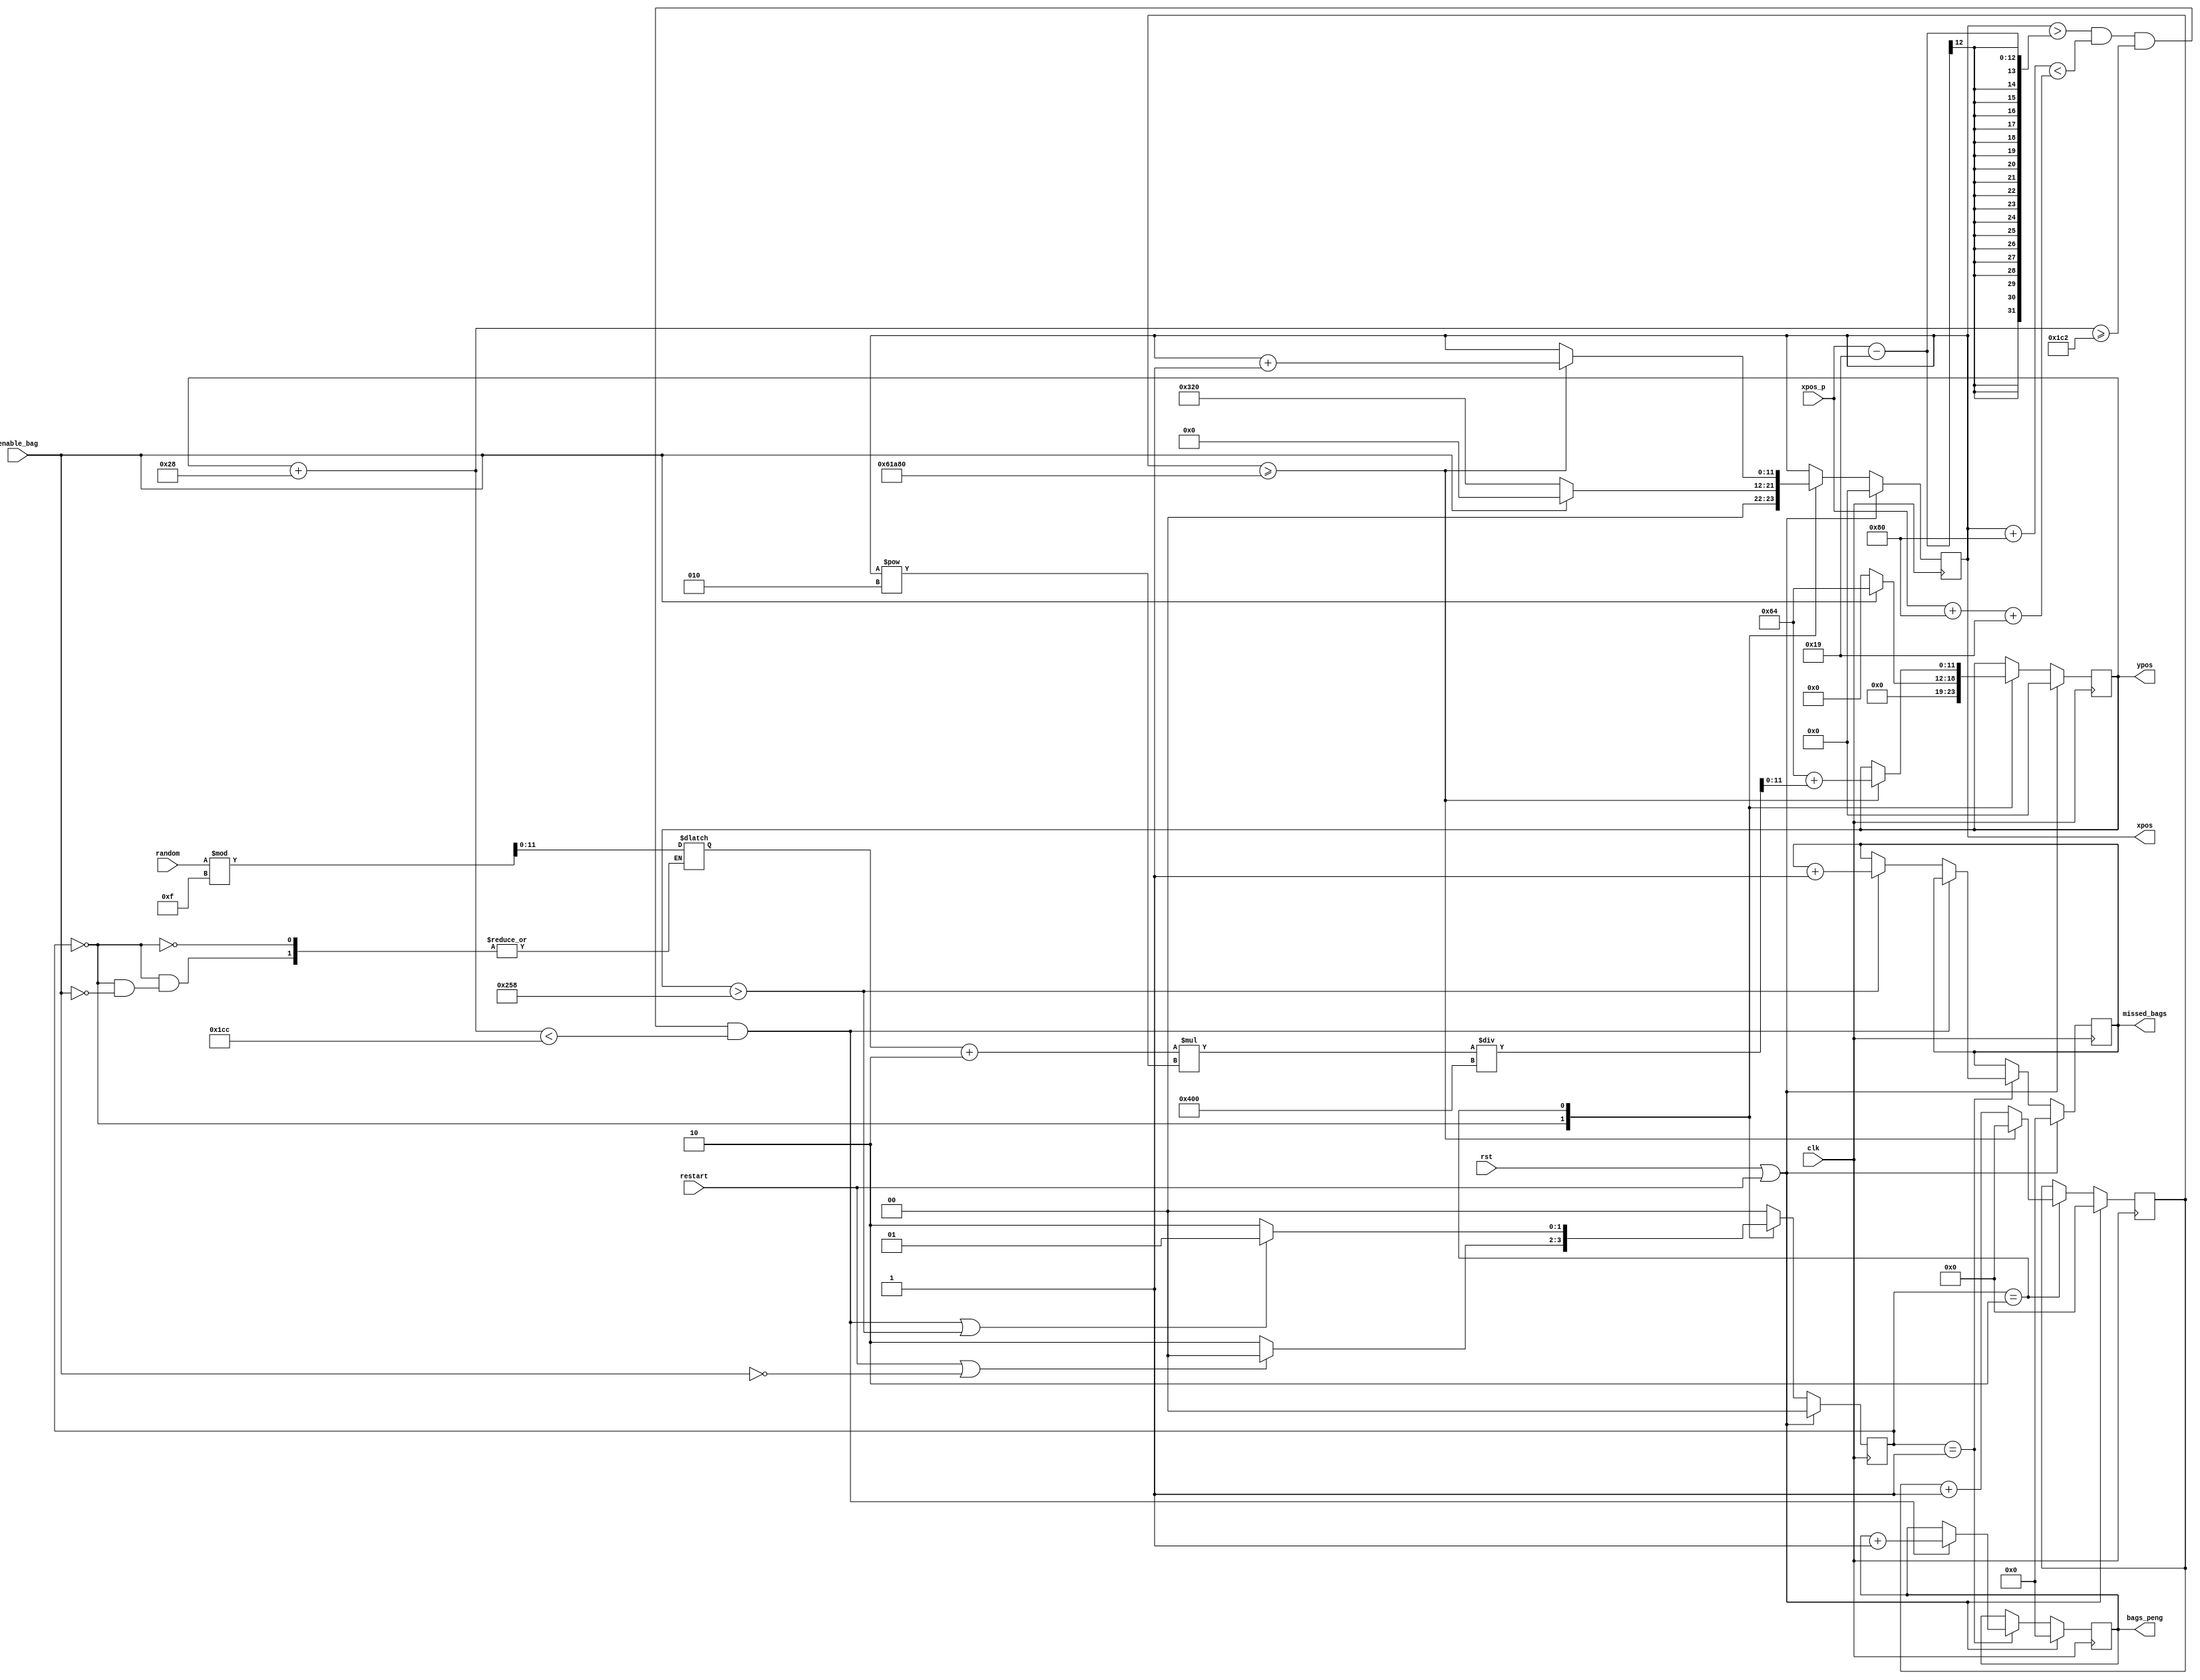
module bag_ctl(
    input wire clk,
    input wire rst, 
    input wire [7:0] random,
    input wire [11:0] xpos_p,
    input wire restart,
    input wire enable_bag,
    
    output reg [7:0] bags_peng,
    output reg [7:0] missed_bags,
    output reg [11:0] xpos,
    output reg [11:0] ypos
    );
    
    localparam
    WIDTH = 128,
    PENG_WIDTH = 128,
    XPOS_START = 0,
    YPOS_START = 100,
    YPOS_END = 600,
    SPEED_DIVIDER = 400000,
    STATE_BITS = 2,
    
    STATE_NEW    = 2'b00,
    STATE_CAUGHT = 2'b01,
    STATE_FALL   = 2'b10;
    
    reg [11:0] xpos_nxt = 0, ypos_nxt, ypos_start, range;
    reg [STATE_BITS-1:0] state, state_nxt;
    reg [7:0] bags_peng_nxt = 0, missed_bags_nxt = 0;
     
    reg [22:0] speed_counter, speed_counter_nxt;
    

    always @(posedge clk) begin
        if (rst || restart) begin
            xpos            <= 0;
            ypos            <= 0;
            speed_counter   <= 0;
            state           <= STATE_NEW;
            bags_peng       <= 0;
            missed_bags     <= 0;
        end
        else begin
            xpos            <= xpos_nxt;
            ypos            <= ypos_nxt;
            state           <= state_nxt;
            speed_counter   <= speed_counter_nxt;
            bags_peng       <= bags_peng_nxt;
            missed_bags     <= missed_bags_nxt;
        end
    end
    
    always @*
        begin
            case(state)
                STATE_CAUGHT: state_nxt = STATE_NEW;
                STATE_NEW: state_nxt = (restart || !enable_bag) ? STATE_NEW : STATE_FALL;
                STATE_FALL: state_nxt = ((xpos > xpos_p - 25 && xpos + WIDTH < xpos_p + PENG_WIDTH + 25 && ypos + 40 >= 450 && ypos + 40 < 460) || (ypos > YPOS_END)) ? STATE_CAUGHT : STATE_FALL;
                default : state_nxt = STATE_NEW;
            endcase
        end
        
     always @* begin
        xpos_nxt = xpos;
        ypos_nxt = ypos;
        speed_counter_nxt = speed_counter;
        bags_peng_nxt = bags_peng;
        missed_bags_nxt = missed_bags;
        case(state)
            STATE_CAUGHT:   begin
                                if (xpos > xpos_p - 25 && xpos + WIDTH < xpos_p + PENG_WIDTH + 25 && ypos +  40 >= 450 && ypos + 40 < 460)
                                begin
                                    bags_peng_nxt = bags_peng + 1;
                                end
                                else if (ypos > YPOS_END) begin
                                    missed_bags_nxt = missed_bags +1;
                                end
                            end
            STATE_NEW:      begin
                                if(enable_bag) begin
                                    xpos_nxt = XPOS_START;
                                    ypos_nxt = YPOS_START;
                                    range = random%15;
                                end
                                else begin
                                    xpos_nxt = 800;
                                    ypos_nxt = 0;
                                end
                            end
            STATE_FALL:     begin
                                if(speed_counter >= SPEED_DIVIDER)
                                begin
                                    speed_counter_nxt = 0;
                                    xpos_nxt = xpos + 1 ;
                                    ypos_nxt = YPOS_START + (range + 2) * xpos**2/(2**10);
                                end
                                else begin
                                    speed_counter_nxt = speed_counter + 1;
                                end
                            end
        endcase
        end

endmodule